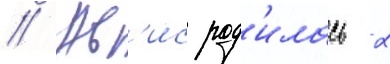
// Ав'ис род'илась 2